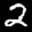
Label: 2